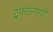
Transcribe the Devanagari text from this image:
ट्रफाल्गरची